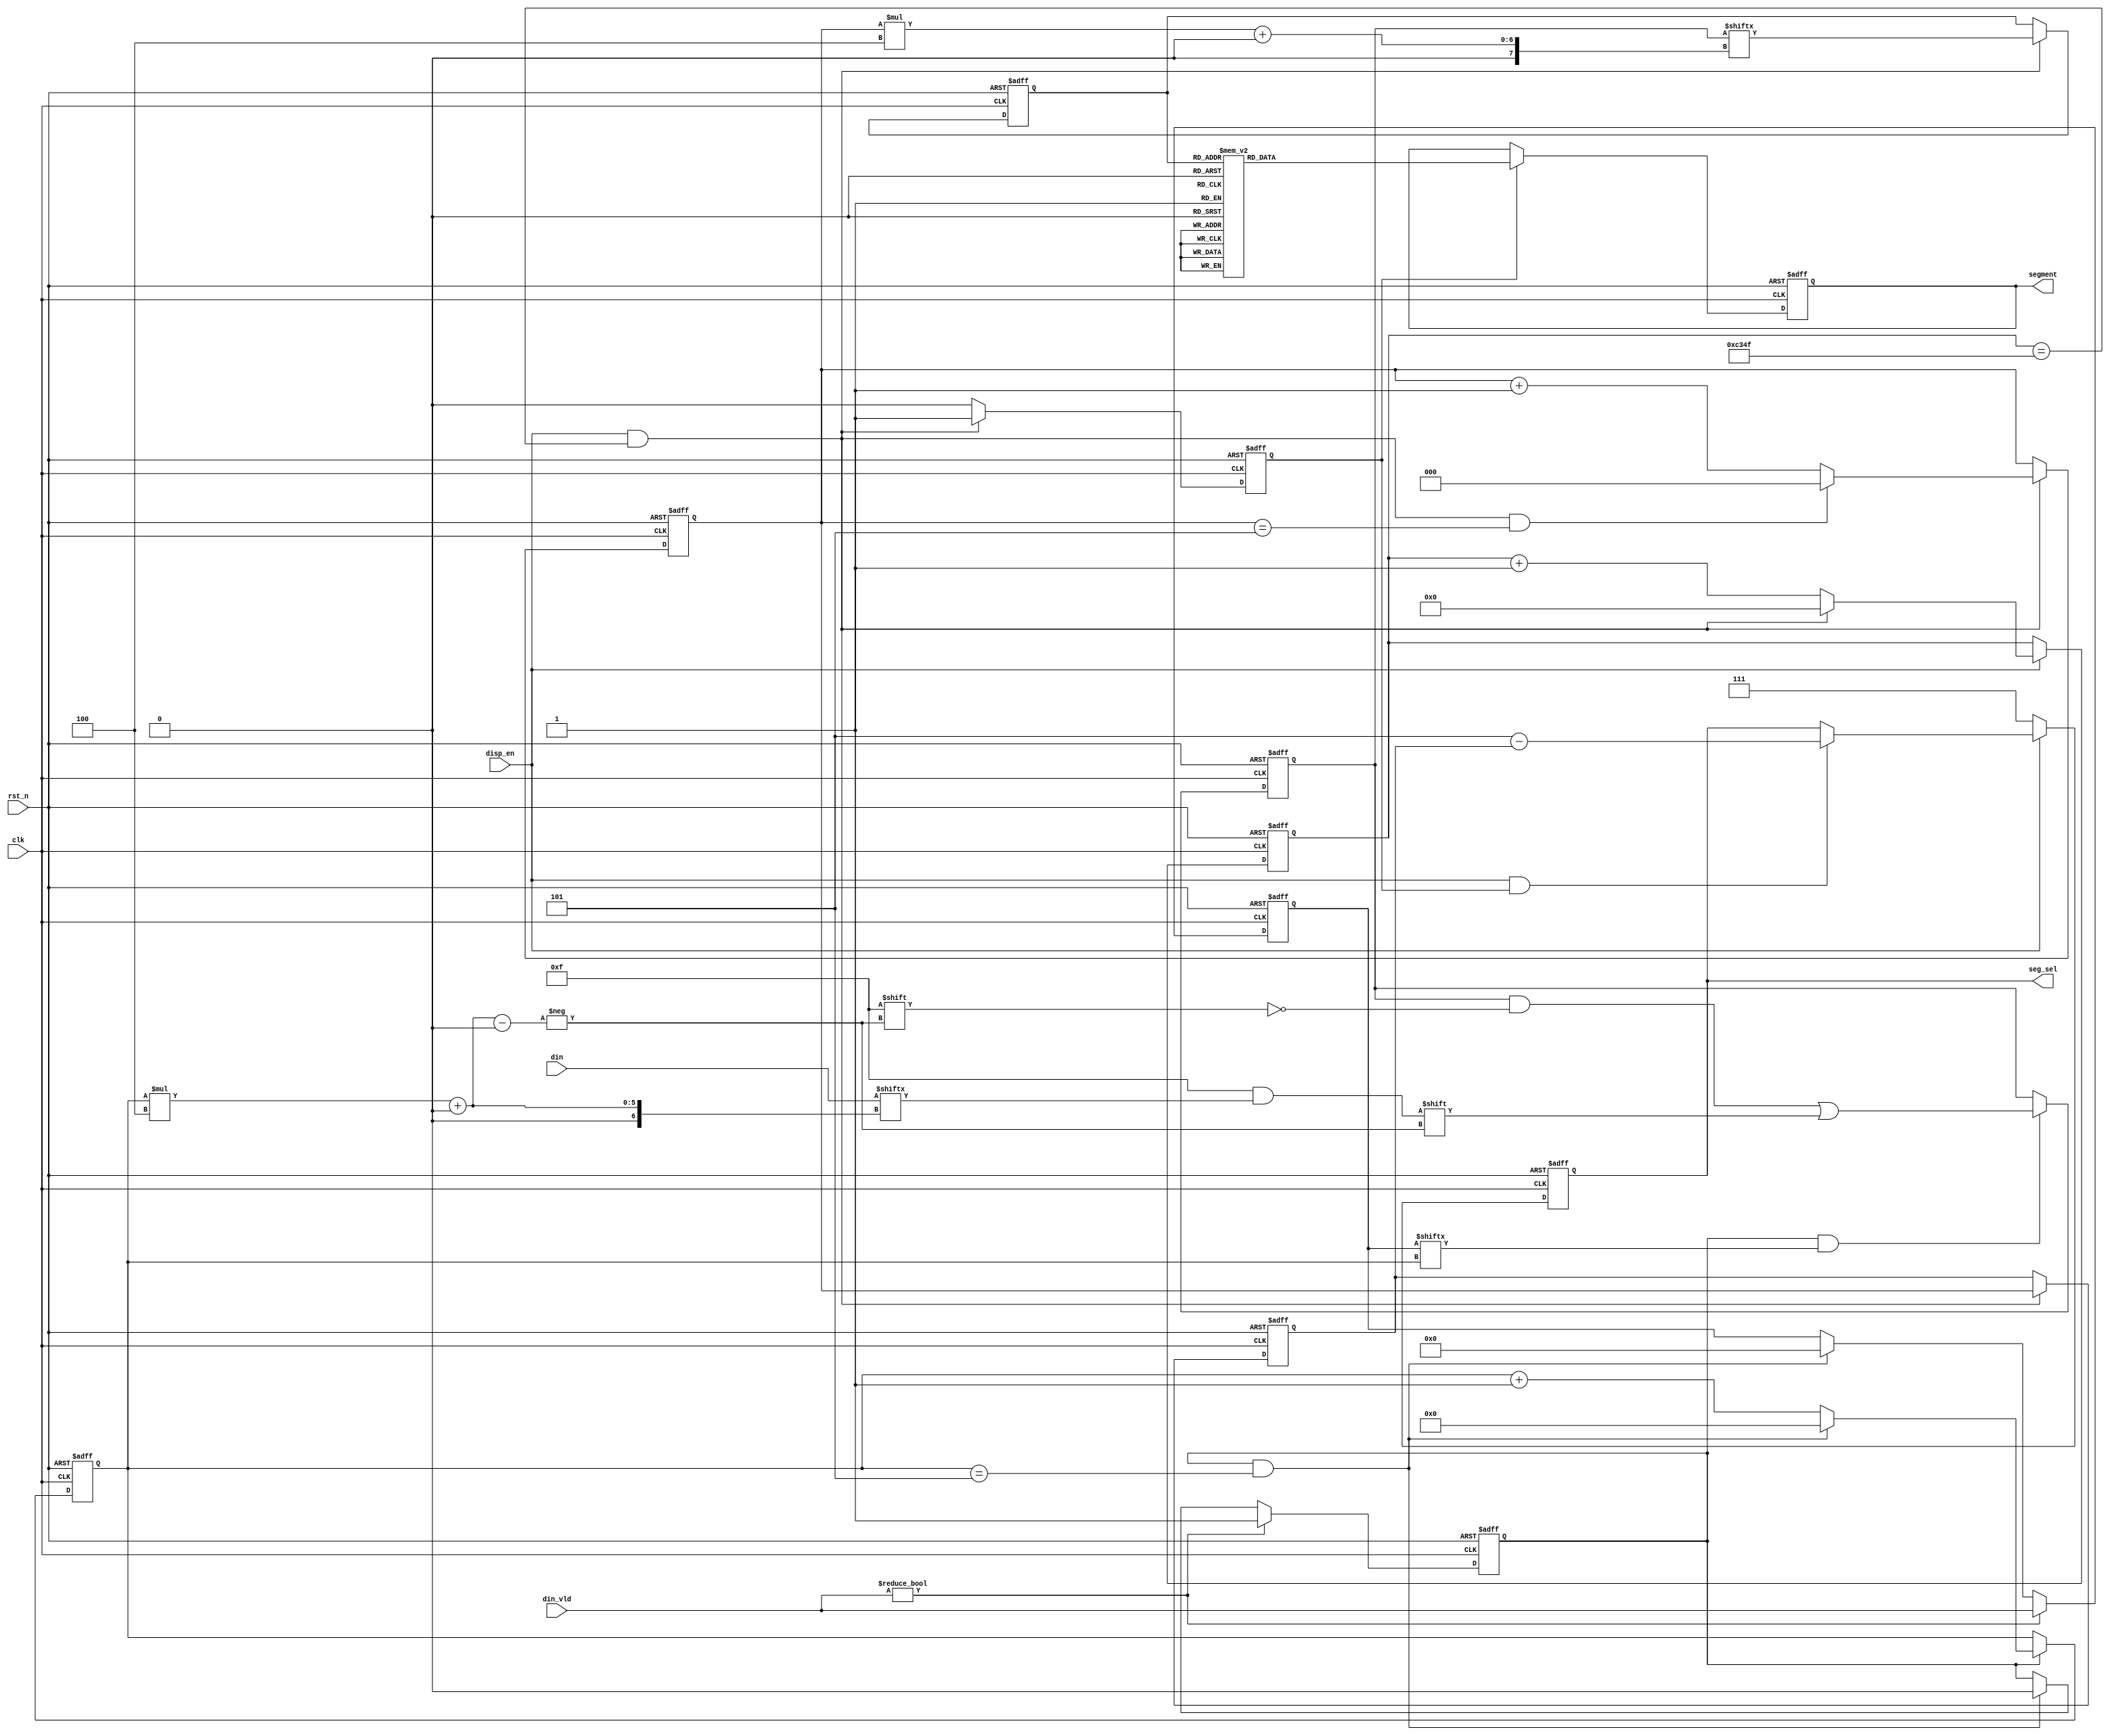
// for
// {x{1'b1}}

module  seg_disp(rst_n       ,
                 clk         ,
                 disp_en     ,
                 din         ,
                 din_vld     ,
                 seg_sel     ,
                 segment
             );


parameter SECOND_CNT = 50000; //20 ms
parameter MAX_SMG_NUM = 6;
parameter HC595_CLK_CNT = 25;

input                                   clk;
input                                   rst_n;
input                                   disp_en;
input  [((MAX_SMG_NUM*4) - 1):0]        din;
input  [(MAX_SMG_NUM - 1):0]            din_vld;

output reg  [2:0]                       seg_sel;
output reg  [7:0]                       segment;

reg  [((MAX_SMG_NUM*4) - 1):0]          din_tmp;
reg  [(MAX_SMG_NUM - 1):0]              din_vld_tmp;

reg  [3:0]                              cnt_vld;
wire                                    add_cnt_vld;
wire                                    end_cnt_vld;
reg                                     flag_add_vld;

reg  [18:0]             cnt0;
wire                    add_cnt0;
wire                    end_cnt0;

reg  [2:0]              cnt1;
wire                    add_cnt1;
wire                    end_cnt1;

reg  [2:0]              smg_no;
reg  [3:0]              smg_data;
reg                     smg_vld;
reg  [3:0]              smg_select;
reg  [15:0]             shift_data;

wire [4:0]              pos;

reg  [5:0]              cnt2;
wire                    add_cnt2;
wire                    end_cnt2;
reg                     flag_add2;

reg  [4:0]              cnt3;
wire                    add_cnt3;
wire                    end_cnt3;

always @(posedge clk or negedge rst_n)begin
    if(!rst_n)begin
        cnt_vld <= 0;
    end
    else if(add_cnt_vld)begin
        if(end_cnt_vld)
            cnt_vld <= 0;
        else
            cnt_vld <= cnt_vld + 1'b1;
    end
end

assign add_cnt_vld = (flag_add_vld == 1'b1);       
assign end_cnt_vld = add_cnt_vld && cnt_vld== (MAX_SMG_NUM - 1);  

always  @(posedge clk or negedge rst_n)begin
    if(rst_n==1'b0)begin
        din_vld_tmp <= 0;
    end
    else if(din_vld != 0)begin
        din_vld_tmp <= din_vld;
    end
    else if(end_cnt_vld) begin
        din_vld_tmp <= 0;
    end
end


always  @(posedge clk or negedge rst_n)begin
    if(rst_n==1'b0)begin
        flag_add_vld <= 1'b0;
    end
    else if(din_vld != 0)begin
        flag_add_vld <= 1'b1;
    end
    else if(end_cnt_vld)begin
        flag_add_vld <= 1'b0;
    end
end

assign pos = (cnt_vld * 5'd4);
always  @(posedge clk or negedge rst_n)begin
    if(rst_n==1'b0)begin
        din_tmp <= 0;
    end
    else if(add_cnt_vld && din_vld_tmp[cnt_vld] == 1'b1)begin
        din_tmp[pos +: 4] <= din[pos +: 4];
    end
end

// din_tmp din_vld_tmp
always @(posedge clk or negedge rst_n)begin
    if(!rst_n)begin
        cnt0 <= 0;
    end
    else if(add_cnt0)begin
        if(end_cnt0)
            cnt0 <= 0;
        else
            cnt0 <= cnt0 + 1'b1;
    end
end

assign add_cnt0 = (disp_en == 1'b1);
assign end_cnt0 = add_cnt0 && cnt0== (SECOND_CNT - 1);

always @(posedge clk or negedge rst_n)begin 
    if(!rst_n)begin
        cnt1 <= 0;
    end
    else if(add_cnt1)begin
        if(end_cnt1)
            cnt1 <= 0;
        else
            cnt1 <= cnt1 + 1'b1;
    end
end

assign add_cnt1 = end_cnt0;
assign end_cnt1 = add_cnt1 && cnt1== (MAX_SMG_NUM - 1);


always  @(posedge clk or negedge rst_n)begin
    if(rst_n==1'b0)begin
        smg_no <= 0;
    end
    else if(end_cnt0)begin
        smg_no <= cnt1;
    end
end

always  @(posedge clk or negedge rst_n)begin
    if(rst_n==1'b0)begin
        smg_data <= 0;
    end
    else if(end_cnt0)begin
        smg_data <= din_tmp[(cnt1 * 4) +: 4];
    end
end

always  @(posedge clk or negedge rst_n)begin
    if(rst_n==1'b0)begin
        smg_vld <= 0;
    end
    else if(end_cnt0)begin
        smg_vld <= 1;
    end
    else begin
        smg_vld <= 0;
    end
end

// 
always  @(posedge clk or negedge rst_n)begin
    if(rst_n==1'b0)begin
        seg_sel <= 3'd7;
    end
    else if(disp_en == 1'b0)begin
        seg_sel <= 3'd7;
    end
    else if(disp_en == 1'b1 && smg_vld == 1'b1) begin
        seg_sel <= (3'd5 - smg_no);
    end
end

always  @(posedge clk or negedge rst_n)begin
    if(rst_n==1'b0)begin
        segment <= 8'hFF;
    end
    else if(smg_vld == 1'b1)begin
		case (smg_data)
			4'h0: segment <= 8'hc0;
			4'h1: segment <= 8'hf9;
			4'h2: segment <= 8'ha4;
			4'h3: segment <= 8'hb0;
			4'h4: segment <= 8'h99;
			4'h5: segment <= 8'h92;
			4'h6: segment <= 8'h82;
			4'h7: segment <= 8'hf8;
			4'h8: segment <= 8'h80;
			4'h9: segment <= 8'h90;
			4'ha: segment <= 8'h88;
			4'hb: segment <= 8'h83;
			4'hc: segment <= 8'hc6;
			4'hd: segment <= 8'ha1;
			4'he: segment <= 8'h86;
			4'hf: segment <= 8'h8e;
			default:segment <= 8'h00;
		endcase
    end
end


// 
//always  @(*)begin
//    if(disp_en == 1'b0) begin
//        smg_select = 4'hf;
//    end
//    else begin
//        smg_select = (4'hf & (~(1<<smg_no)));
//    end
//end
//
//always  @(*)begin
//    if(rst_n == 1'b0)begin
//        shift_data <= 0;
//    end
//    else begin
//		case (smg_data)
//			4'h0: shift_data <= (7'h3f<<8) | smg_select;
//			4'h1: shift_data <= (7'h06<<8) | smg_select;
//			4'h2: shift_data <= (7'h5b<<8) | smg_select;
//			4'h3: shift_data <= (7'h4f<<8) | smg_select;
//			4'h4: shift_data <= (7'h66<<8) | smg_select;
//			4'h5: shift_data <= (7'h6d<<8) | smg_select;
//			4'h6: shift_data <= (7'h7d<<8) | smg_select;
//			4'h7: shift_data <= (7'h07<<8) | smg_select;
//			4'h8: shift_data <= (7'h7f<<8) | smg_select;
//			4'h9: shift_data <= (7'h6f<<8) | smg_select;
//			4'ha: shift_data <= (7'h77<<8) | smg_select;
//			4'hb: shift_data <= (7'h7c<<8) | smg_select;
//			4'hc: shift_data <= (7'h39<<8) | smg_select;
//			4'hd: shift_data <= (7'h5e<<8) | smg_select;
//			4'he: shift_data <= (7'h79<<8) | smg_select;
//			4'hf: shift_data <= (7'h71<<8) | smg_select;
//			default:;
//		endcase
//    end
//end
//
//always @(posedge clk or negedge rst_n)begin
//    if(!rst_n)begin
//        cnt2 <= 0;
//    end
//    else if(add_cnt2)begin
//        if(end_cnt2)
//            cnt2 <= 0;
//        else
//            cnt2 <= cnt2 + 1;
//    end
//end
//
//assign add_cnt2 = (flag_add2 == 1'b1);       
//assign end_cnt2 = add_cnt2 && cnt2== (HC595_CLK_CNT - 1);   
//
//always @(posedge clk or negedge rst_n)begin
//    if(!rst_n)begin
//        cnt3 <= 0;
//    end
//    else if(add_cnt3)begin
//        if(end_cnt3)
//            cnt3 <= 0;
//        else
//            cnt3 <= cnt3 + 1;
//    end
//end
//
//assign add_cnt3 = end_cnt2;       
//assign end_cnt3 = add_cnt3 && cnt3== (16 - 1);   
//
//always  @(posedge clk or negedge rst_n)begin
//    if(rst_n==1'b0)begin
//        flag_add2 <= 1'b0;
//    end
//    else if(smg_vld == 1'b1)begin
//        flag_add2 <= 1'b1;
//    end
//    else if(end_cnt3)begin
//        flag_add2 <= 1'b0;
//    end
//end
//
//always  @(posedge clk or negedge rst_n)begin
//    if(rst_n==1'b0)begin
//        ds_shcp <= 1'b0;
//    end
//    else if(add_cnt2 && cnt2 == (HC595_CLK_CNT/2))begin
//        ds_shcp <=  1'b1;
//    end
//    else if(end_cnt2)begin
//        ds_shcp <= 1'b0;   
//    end
//end
//
//always  @(posedge clk or negedge rst_n)begin
//    if(rst_n==1'b0)begin
//        ds_data <= 0;
//    end
//    else if(add_cnt2 && cnt2 == (HC595_CLK_CNT/4))begin
//        ds_data <= shift_data[15 - cnt3];
//    end
//end
//
//always  @(posedge clk or negedge rst_n)begin
//    if(rst_n==1'b0)begin
//        ds_stcp <= 0;
//    end
//    else if(end_cnt3)begin
//        ds_stcp <= 1;
//    end
//    else if(end_cnt2 && cnt3 == (1 - 1))begin
//        ds_stcp <= 0;
//    end
//end

endmodule